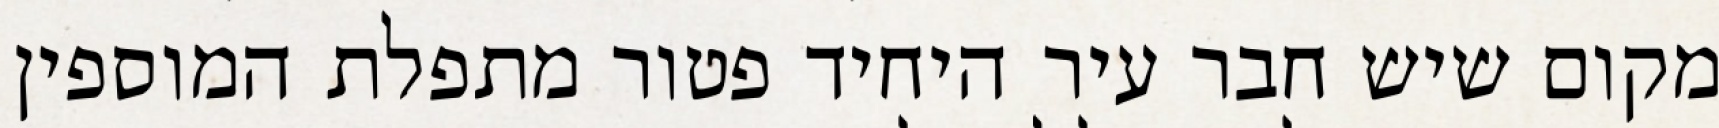
מקום שיש חבר עיר היחיד פטור מתפלת המוספין